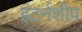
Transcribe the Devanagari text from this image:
इंटर्नशीप